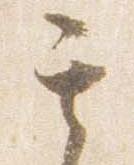
其